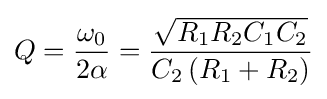
Q={\frac {\omega _{0}}{2\alpha }}={\frac {\sqrt {R_{1}R_{2}C_{1}C_{2}}}{C_{2}\left(R_{1}+R_{2}\right)}}